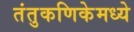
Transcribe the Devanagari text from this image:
तंतुकणिकेमध्ये